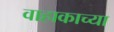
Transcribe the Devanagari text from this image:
वाहाकाच्या